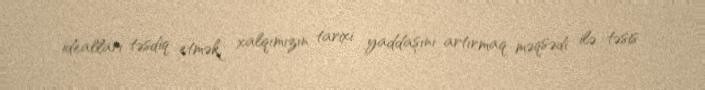
idealları təsdiq etmək, xalqımızın tarixi yaddaşını artırmaq məqsədi ilə təsis